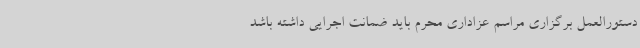
دستورالعمل برگزاری مراسم عزاداری محرم باید ضمانت اجرایی داشته باشد